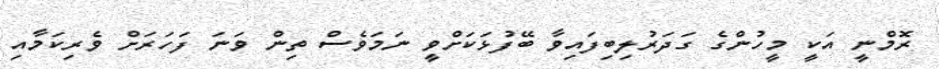
ރޮމްނީ އަކީ މީހުންގެ ގަދަރުލިބިފައިވާ ބޭފުޅަކަށްވީ ނަމަވެސް ތިން ވަނަ ފަހަރަށް ވެރިކަމާއި